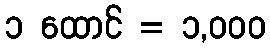
၁ ထောင် = ၁,၀၀၀